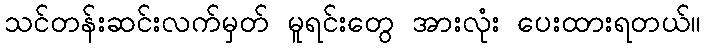
သင်တန်းဆင်းလက်မှတ် မူရင်းတွေ အားလုံး ပေးထားရတယ်။